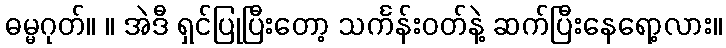
ဓမ္မဂုတ်။ ။ အဲဒီ ရှင်ပြုပြီးတော့ သင်္ကန်းဝတ်နဲ့ ဆက်ပြီးနေရော့လား။